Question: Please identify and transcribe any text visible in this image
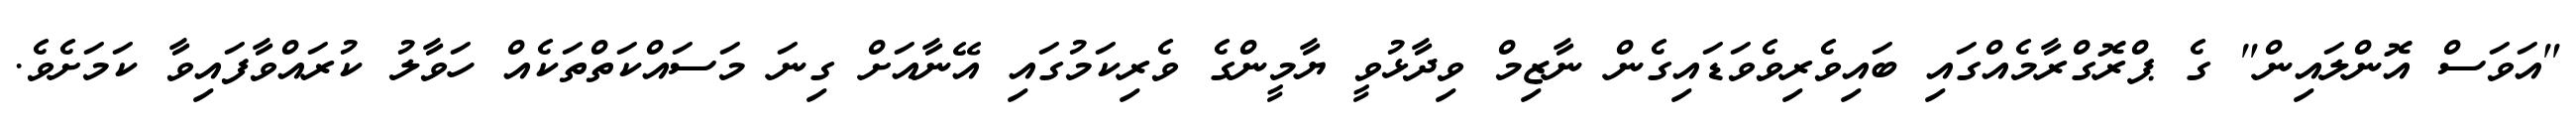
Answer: "އަވަސް އޮންލައިން" ގެ ޕްރޮގްރާމެއްގައި ބައިވެރިވެވަޑައިގެން ނާޒިމް ވިދާޅުވީ ޔާމީންގެ ވެރިކަމުގައި އޭނާއަށް ގިނަ މަސައްކަތްތަކެއް ހަވާލު ކުރައްވާފައިވާ ކަމަށެވެ.